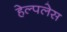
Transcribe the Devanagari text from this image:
हेल्पलेस